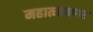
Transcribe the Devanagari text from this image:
महात्मानगर